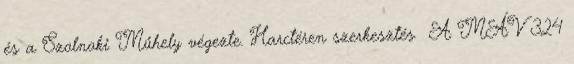
és a Szolnoki Műhely végezte. Harctéren szerkesztés A MÁV 324